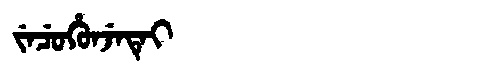
Manchu: ᠵᡝᠴᡠᡥᡠᠨᠵᡝᡨᡝᡳ
Romanization: JECUHUNJETEI